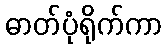
ဓာတ်ပုံရိုက်ကာ